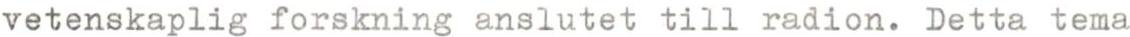
vetenskaplig forskning anslutet till radion. Detta tema